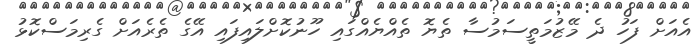
އެއަށް ފަހު ދެ މޭޒުމަތީސަމުސާ ތެޔޮ ތެއްޔެއްގައި ހޫނުކޮށްލައިފައި އޭގެ ތެރެއަށް ގެރިމަސްކޮޅު